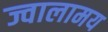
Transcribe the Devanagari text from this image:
ज्वालामय